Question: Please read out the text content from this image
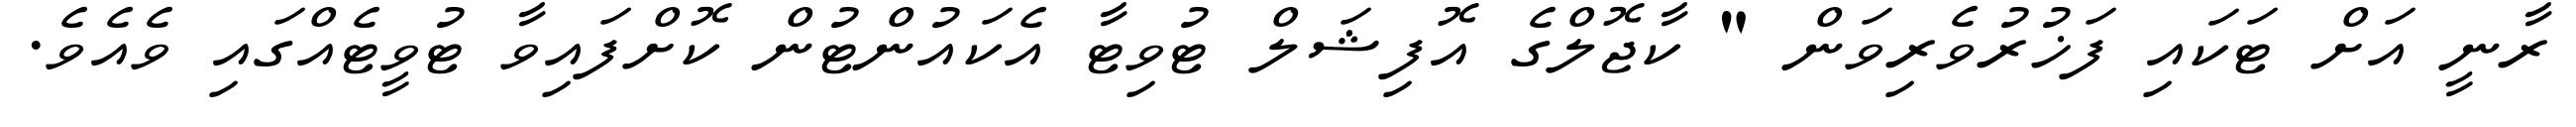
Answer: ރާނީ އަށް ޓަކައި ފަޚުރުވެރިވަން " ކާޖޮލްގެ އޮފިޝަލް ޓުވިޓާ އެކައުންޓުން ކޮށްފައިވާ ޓުވީޓެއްގައި ވެއެވެ.